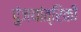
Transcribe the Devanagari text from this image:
पुंजयांत्रिकी